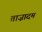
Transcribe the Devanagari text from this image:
ताज़ादम